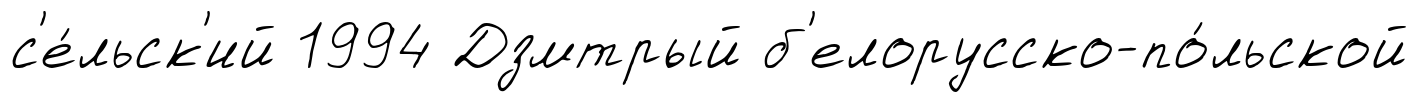
с'е́льск'ий 1994 Дзмтрый б'елорусско-по́льской